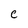
Character: e